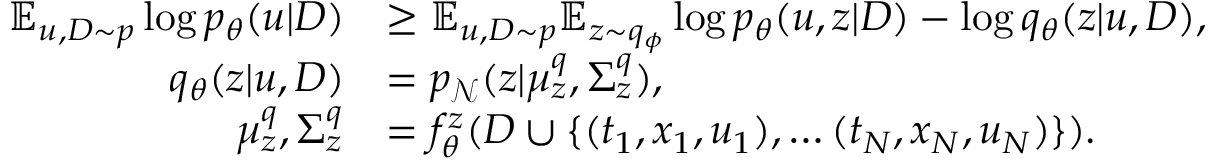
\begin{array} { r l } { \mathbb E _ { u , D \sim p } \log p _ { \theta } ( u \vert D ) } & { \ge \mathbb E _ { u , D \sim p } \mathbb E _ { z \sim q _ { \phi } } \log p _ { \theta } ( u , z \vert D ) - \log q _ { \theta } ( z \vert u , D ) , } \\ { q _ { \theta } ( z \vert u , D ) } & { = p _ { \mathcal { N } } ( z | \mu _ { z } ^ { q } , \Sigma _ { z } ^ { q } ) , } \\ { \mu _ { z } ^ { q } , \Sigma _ { z } ^ { q } } & { = f _ { \theta } ^ { z } ( D \cup \{ ( t _ { 1 } , x _ { 1 } , u _ { 1 } ) , \dots ( t _ { N } , x _ { N } , u _ { N } ) \} ) . } \end{array}